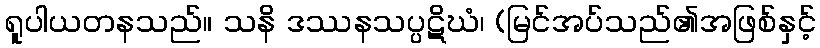
ရူပါယတနသည်။ သနိ ဒဿနသပ္ပဋိဃံ၊ (မြင်အပ်သည်၏အဖြစ်နှင့်